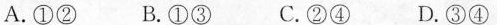
A.①② B.①③ C.②④ D.③④